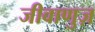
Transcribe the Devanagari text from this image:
जीवाणुज़